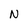
Character: N